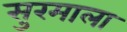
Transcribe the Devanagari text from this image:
सुरमाला